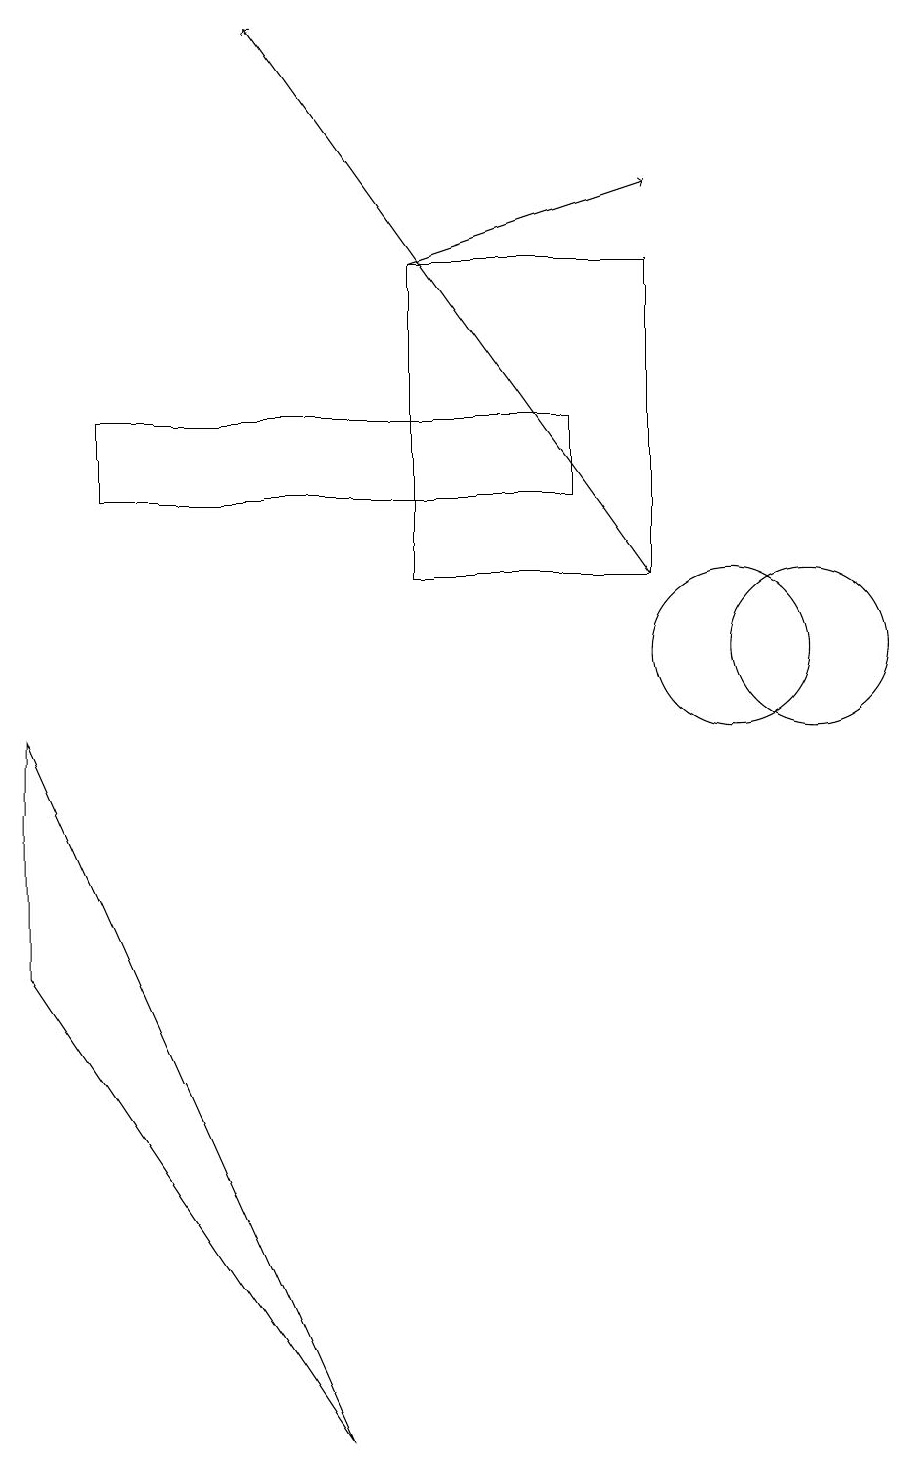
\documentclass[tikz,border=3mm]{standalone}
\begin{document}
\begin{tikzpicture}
\draw (1,9) -- (1,6) -- (5,0) -- cycle;
\draw[->] (9,11) -- (4,18);
\draw (10,10) circle (1);
\draw (11,10) circle (1);
\draw (9,15) rectangle (6,11);
\draw[->] (6,15) -- (9,16);
\draw (8,13) rectangle (2,12);
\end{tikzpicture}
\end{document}